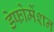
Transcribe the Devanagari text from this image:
डेफोर्मेशन